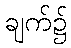
ချက်၌